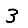
Digit: 3